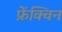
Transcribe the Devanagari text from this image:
फ्रेंक्विन